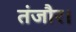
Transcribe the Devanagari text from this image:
तंजौर।